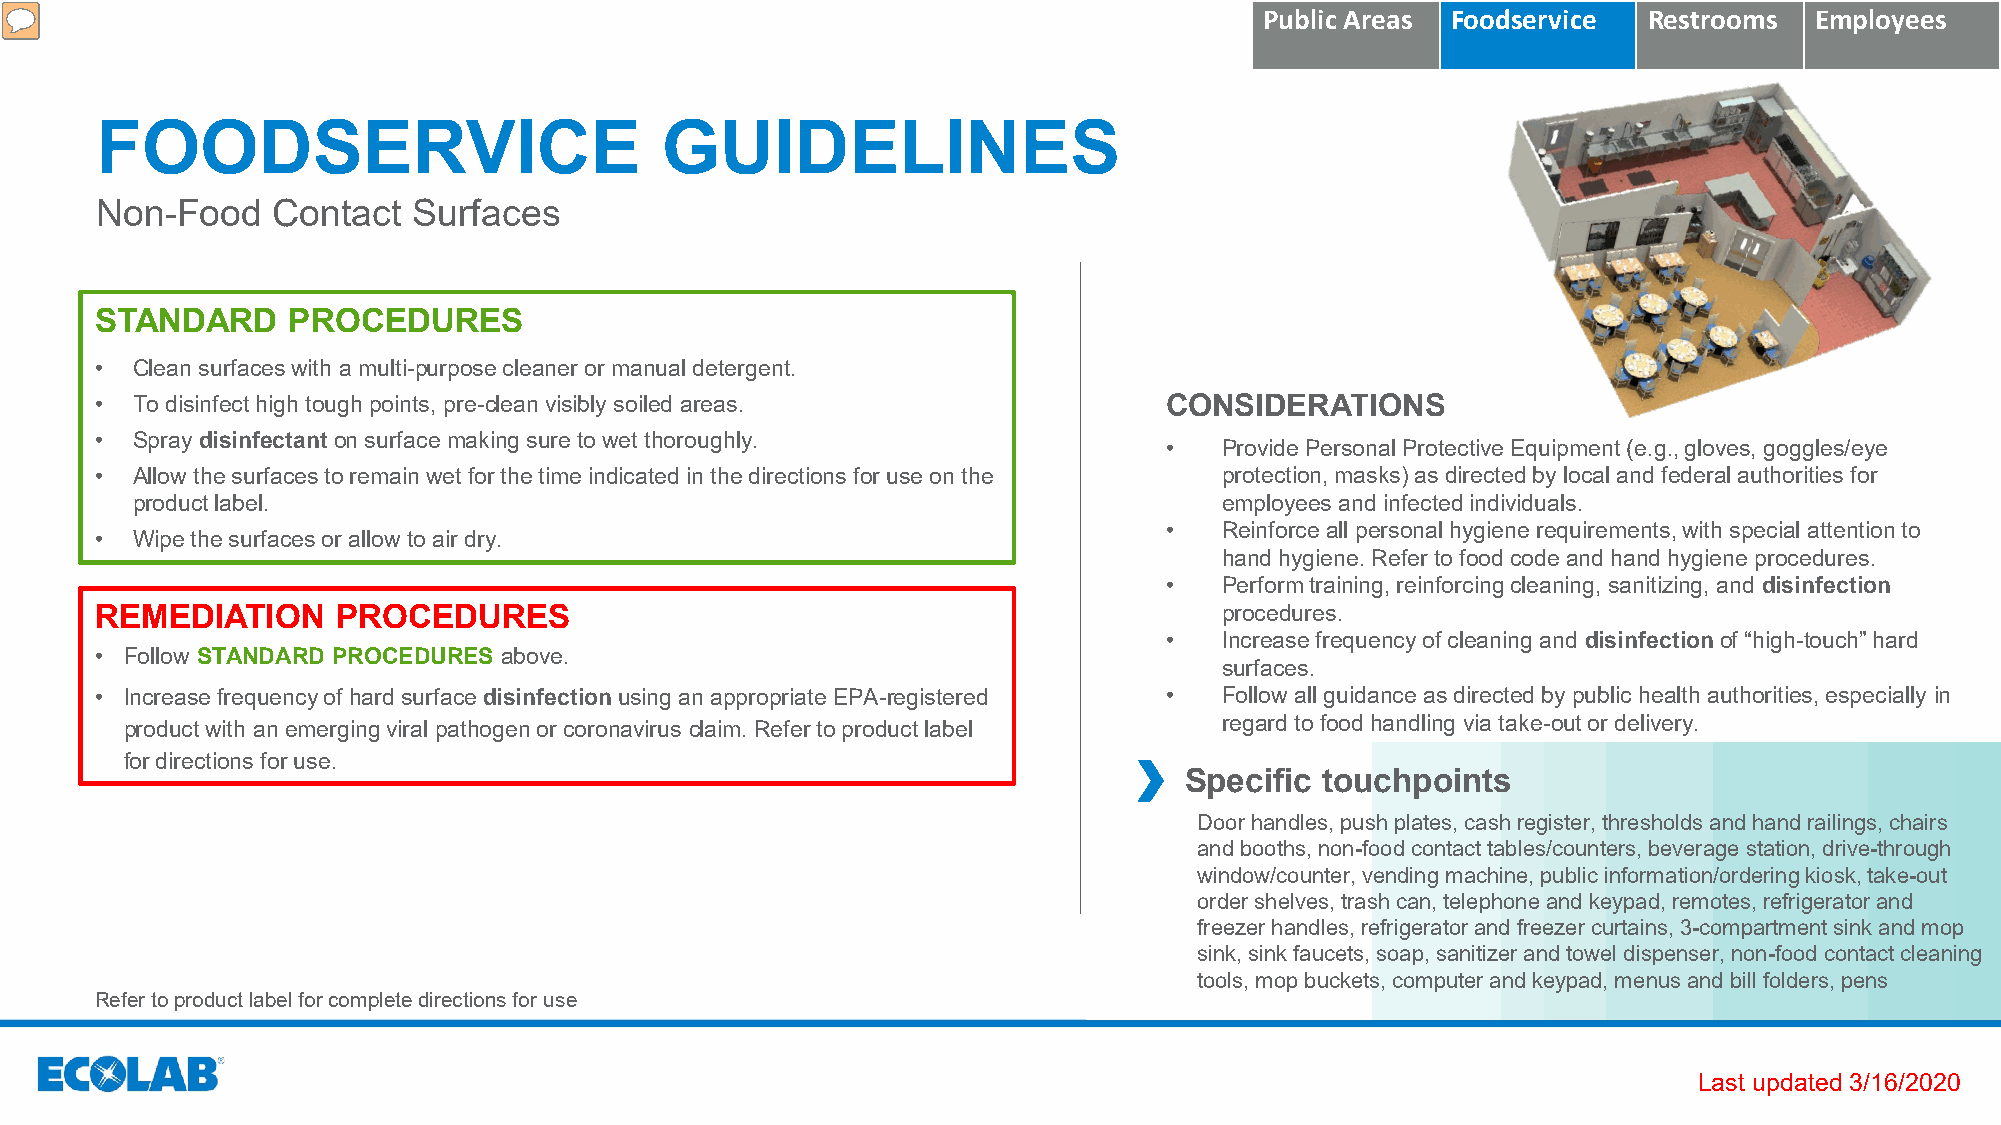
Public Areas Foodservice Restrooms  Employees
 FOODSERVICE                           GUIDELINES
 Non-Food    Contact  Surfaces
 STANDARD     PROCEDURES
 •  Clean surfaces with a multi-purpose cleaner or manual detergent.
 •  To disinfect high tough points, pre-clean visibly soiled areas.     CONSIDERATIONS
 •  Spray disinfectant on surface making sure to wet thoroughly.
 •   Provide Personal Protective Equipment (e.g., gloves, goggles/eye
 •  Allow the surfaces to remain wet for the time indicated in the directions for use on the protection, masks) as directed by local and federal authorities for
 product label.                                                          employees and infected individuals.
 •   Reinforce all personal hygiene requirements, with special attention to
 •  Wipe the surfaces or allow to air dry.
 hand hygiene. Refer to food code and hand hygiene procedures.
 •   Perform training, reinforcing cleaning, sanitizing, and disinfection
 REMEDIATION     PROCEDURES                                                 procedures.
 •   Increase frequency of cleaning and disinfectionof “high-touch” hard
 • Follow STANDARD PROCEDURES above.
 surfaces.
 • Increase frequency of hard surface disinfectionusing an appropriate EPA-registered • Follow all guidance as directed by public health authorities, especially in
 product with an emerging viral pathogen or coronavirus claim. Refer to product label regard tofood handling via take-out or delivery.
 for directions for use.
 Specific touchpoints
 Door handles, push plates, cash register, thresholds and hand railings, chairs
 and booths, non-food contact tables/counters, beverage station, drive-through
 window/counter, vending machine, public information/ordering kiosk, take-out
 order shelves, trash can, telephone and keypad, remotes, refrigerator and
 freezer handles, refrigerator and freezer curtains, 3-compartment sink and mop
 sink, sink faucets, soap, sanitizer and towel dispenser, non-food contact cleaning
 tools, mop buckets, computer and keypad, menus and bill folders, pens
 Refer to product label for complete directions for use
 Last updated 3/16/2020